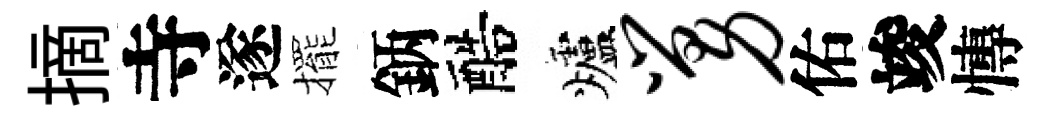
摘寺遂擺鈵醅爐舅佑竣慱